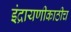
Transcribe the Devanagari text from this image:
इंद्रायणीकाठीच